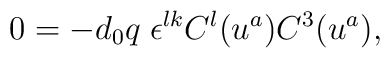
0 = - d_0 q \;\epsilon^{lk} C^{l}(u^a) C^{3}(u^a),